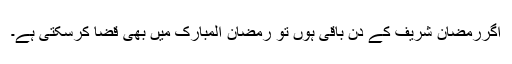
اگررَمَضان شریف کے دن باقی ہوں تو رَمَضانُ الْمُبارَک میں بھی قَضا کرسکتی ہے۔